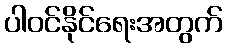
ပါဝင်နိုင်ရေးအတွက်